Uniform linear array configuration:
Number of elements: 32
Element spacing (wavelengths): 0.25
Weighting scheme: cosine
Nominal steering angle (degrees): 45
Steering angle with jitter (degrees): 46.565
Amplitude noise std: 0.05
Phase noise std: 0.05

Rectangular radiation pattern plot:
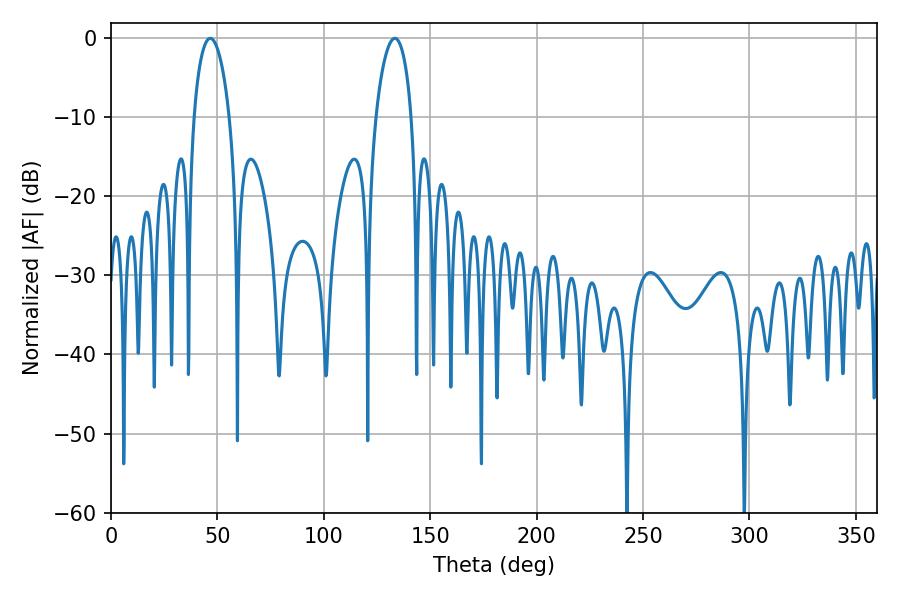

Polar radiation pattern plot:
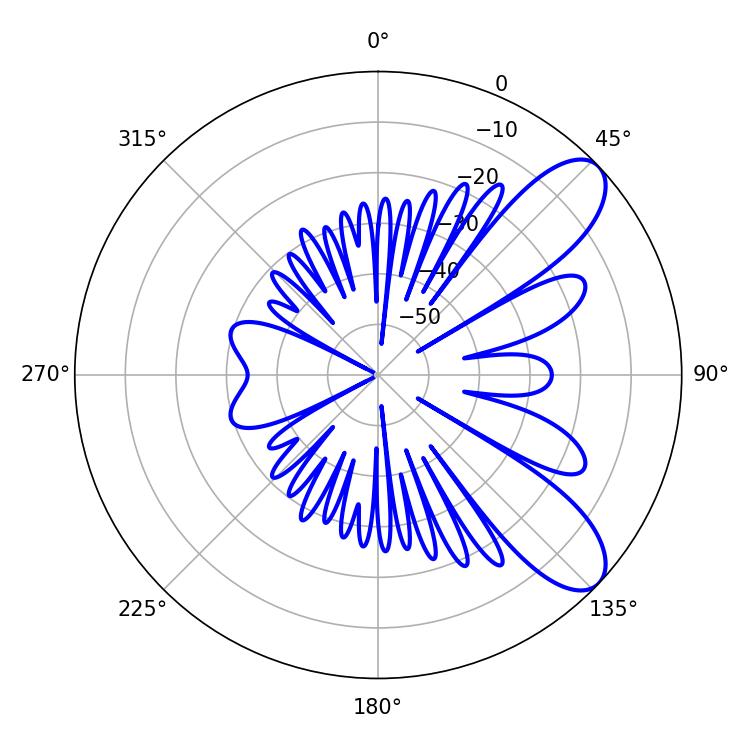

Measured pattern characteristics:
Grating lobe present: FALSE
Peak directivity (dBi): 8.781
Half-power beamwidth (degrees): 9.54
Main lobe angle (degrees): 46.62